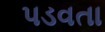
પડવતા